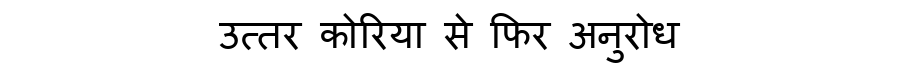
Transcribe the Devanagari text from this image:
उत्तर कोरिया से फिर अनुरोध